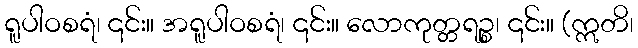
ရူပါဝစရံ၊ ၎င်း။ အရူပါဝစရံ၊ ၎င်း။ လောကုတ္တရဉ္စ၊ ၎င်း။ (ဣတိ၊